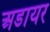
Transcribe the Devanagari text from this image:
अडायर